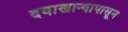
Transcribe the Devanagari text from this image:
दवाखान्यापासून